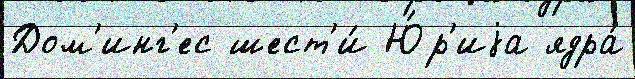
Дом'инг'ес шест'и́ Ю́р'иjа ядра́